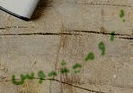
بروميثيوس